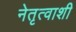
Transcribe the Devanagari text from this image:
नेतृत्वाशी